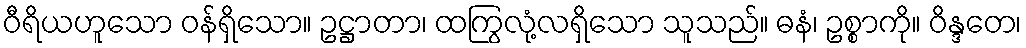
ဝီရိယဟူသော ဝန်ရှိသော။ ဥဋ္ဌာတာ၊ ထကြွလုံ့လရှိသော သူသည်။ ဓနံ၊ ဥစ္စာကို။ ဝိန္ဒတေ၊